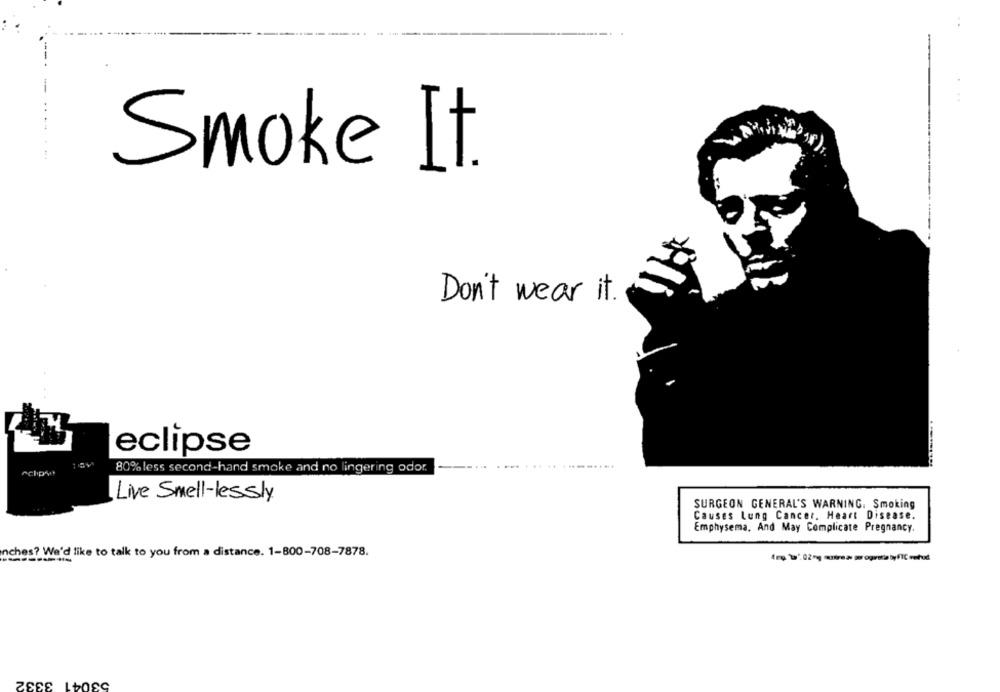
Smoke It.
Don't wear it .
eclipse
80% less second-hand smoke and no lingering odor.
Live Smell-lessly
SURGEON GENERAL'S WARNING. Smoking
Causes Lung Cancer. Heart Disease.
Emphysema, And May Complicate Pregnancy.
inches? We'd like to talk to you from a distance. 1-800-708-7878.
53041 3332